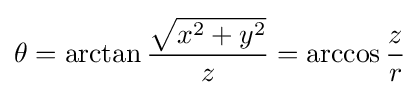
\theta =\arctan {\frac {\sqrt {x^{2}+y^{2}}}{z}}=\arccos {\frac {z}{r}}